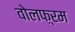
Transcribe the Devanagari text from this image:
वोलफ़्रम